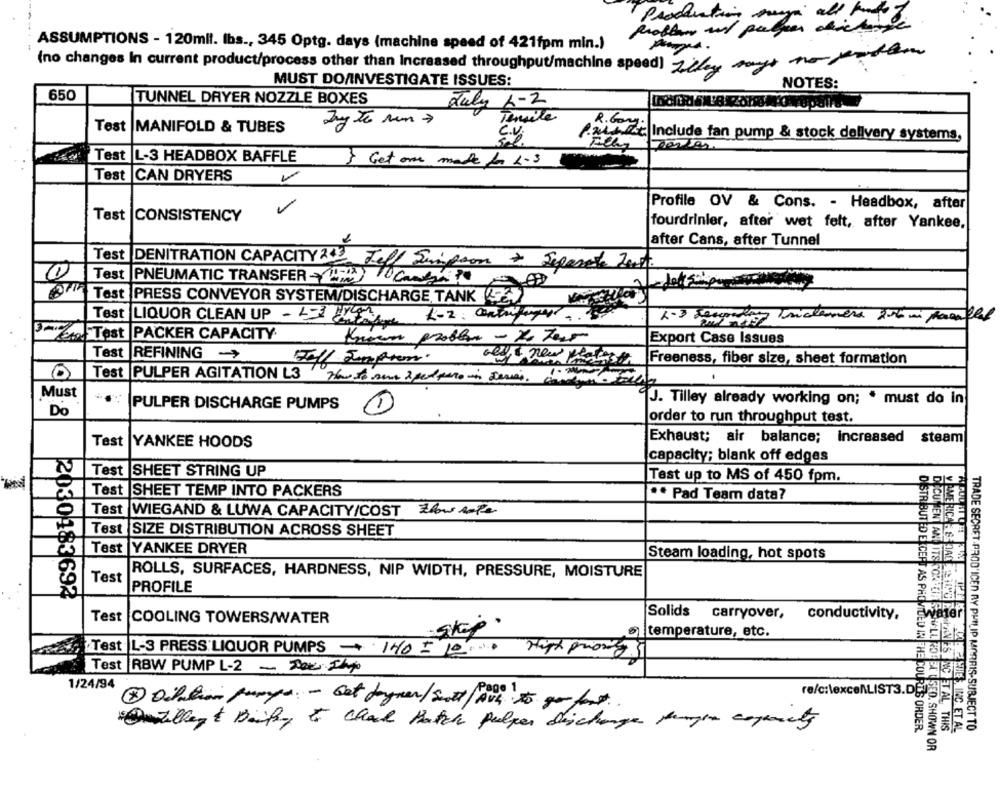
Problem and pay
Production wo sich
ASSUMPTIONS - 120mll. Ibs ., 345 Optg. days (machine speed of 421fpm min.)
(no changes In current product/process other than Increased throughput/machine speed) Tify says no perder
MUST DO/INVESTIGATE ISSUES:
NOTES:
650
TUNNEL DAYER NOZZLE BOXES
July 6-2
Tensile
R. Gong.
Test MANIFOLD & TUBES
C.V.
Pant Include fan pump & stock delivery systems,
Test |L-3 HEADBOX BAFFLE
> Get one made for L.3
Test CAN DRYERS
Profile OV & Cons. - Headbox, after
Tast CONSISTENCY
fourdrinier, after wet felt, after Yankee,
after Cans, after Tunnel
Test DENITRATION CAPACITY 23 Jell Simpson + Separate Zett
1
Test PNEUMATIC TRANSFER- Candy?
Test PRESS CONVEYOR SYSTEM/DISCHARGE TANK (2)
Test LIQUOR CLEAN UP - 4- 1 1-2: anty
1-3 Jongeling Triclamera 216 mi Ramblal
etod Test PACKER CAPACITY
Known problem - 20 Teurs
Export Case Issues
Test REFINING ->
Tell Semprem.
Freeness, fiber size, sheet formation
Test PULPER AGITATION 3 the Is sen 2 peppers in deri.
Must
"J. Tilley already working on; * must do in
Do
PULPER DISCHARGE PUMPS
Jorder to run throughput test.
Test
YANKEE HOODS
Exhaust; air balance; increased
steam
capacity; blank off edges
Test SHEET STRING UP
Test up to MS of 450 fpm.
Test
SHEET TEMP INTO PACKERS
** Pad Team data?
Test WIEGAND & LUWA CAPACITY/COST Flows cape
Test SIZE DISTRIBUTION ACROSS SHEET
Test YANKEE DRYER
Steam loading, hot spots
Test
ROLLS, SURFACES, HARDNESS, NIP WIDTH, PRESSURE, MOISTURE
AMERICA LES DAGER HLY
PROFILE
2030183692
Test
Solids carryover,
conductivity,
COOLING TOWERS/WATER
step·
temperature, etc.
Test L-3 PRESS LIQUOR PUMPS 140 + 10 ... High priority 5
CUT ENT AN ITS FOR CIE SULLO FOG
Test RBW PUMP L-2 - Doch
1/24/94
re/c:\excenLIST3.DE
Onzelegt Daify & Chach Hatch pulpes discharge samym capacity
DISTRIBUTED EXCEPT AS PROVIDED IN THE COURTS ORDER.
SE WIE, INC.ET AL
TRADE SECRET PROD'ICEN RY PHILIP MORRIS-SUBJECT TO
HOLA C SED. SHOWN OR